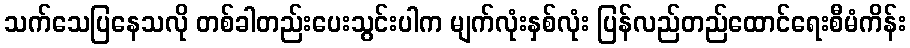
သက်သေပြနေသလို တစ်ခါတည်းပေးသွင်းပါက မျက်လုံးနှစ်လုံး ပြန်လည်တည်ထောင်ရေးစီမံကိန်း